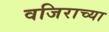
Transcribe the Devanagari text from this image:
वजिराच्या